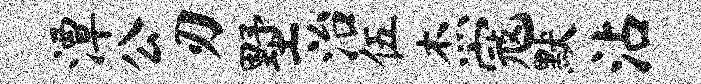
潭公刃墅治伍杰寇默沾